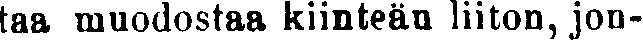
taa muodostaa kiinteän liiton, jon-